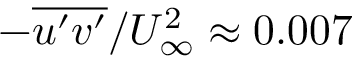
- \overline { { u ^ { \prime } v ^ { \prime } } } / U _ { \infty } ^ { 2 } \approx 0 . 0 0 7